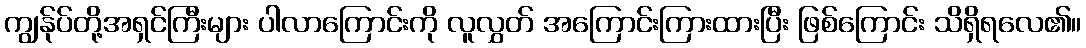
ကျွန်ုပ်တို့အရှင်ကြီးများ ပါလာကြောင်းကို လူလွှတ် အကြောင်းကြားထားပြီး ဖြစ်ကြောင်း သိရှိရလေ၏။